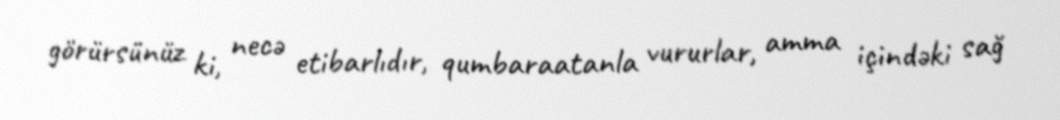
görürsünüz ki, necə etibarlıdır, qumbaraatanla vururlar, amma içindəki sağ